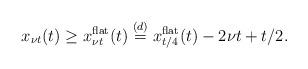
LaTeX: \begin{align*}x_{\nu t}(t) \geq x^{\rm flat}_{\nu t}(t) \stackrel{(d)}{=}x^{\rm flat}_{t/4}(t)-2\nu t+t/2.\end{align*}